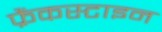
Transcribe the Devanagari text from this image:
फ्रैंकस्टाइन